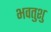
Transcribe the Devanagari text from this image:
भवतुशु